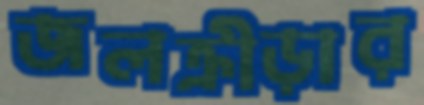
জলক্রীড়ার